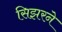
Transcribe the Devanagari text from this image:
सिझरने